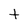
Character: t